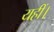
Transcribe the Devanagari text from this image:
यहीं।